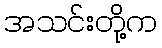
အသင်းတို့က